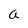
Character: a